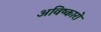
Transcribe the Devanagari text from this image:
अविष्कारो